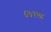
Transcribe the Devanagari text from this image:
८७१ला